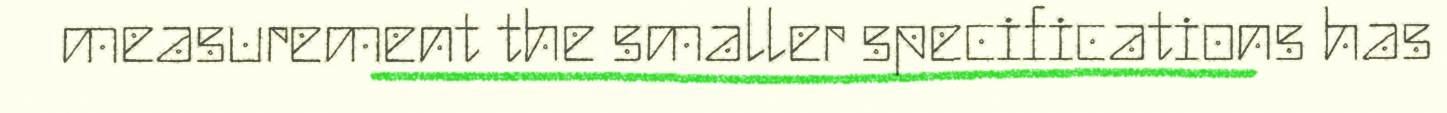
measurement the smaller specifications has